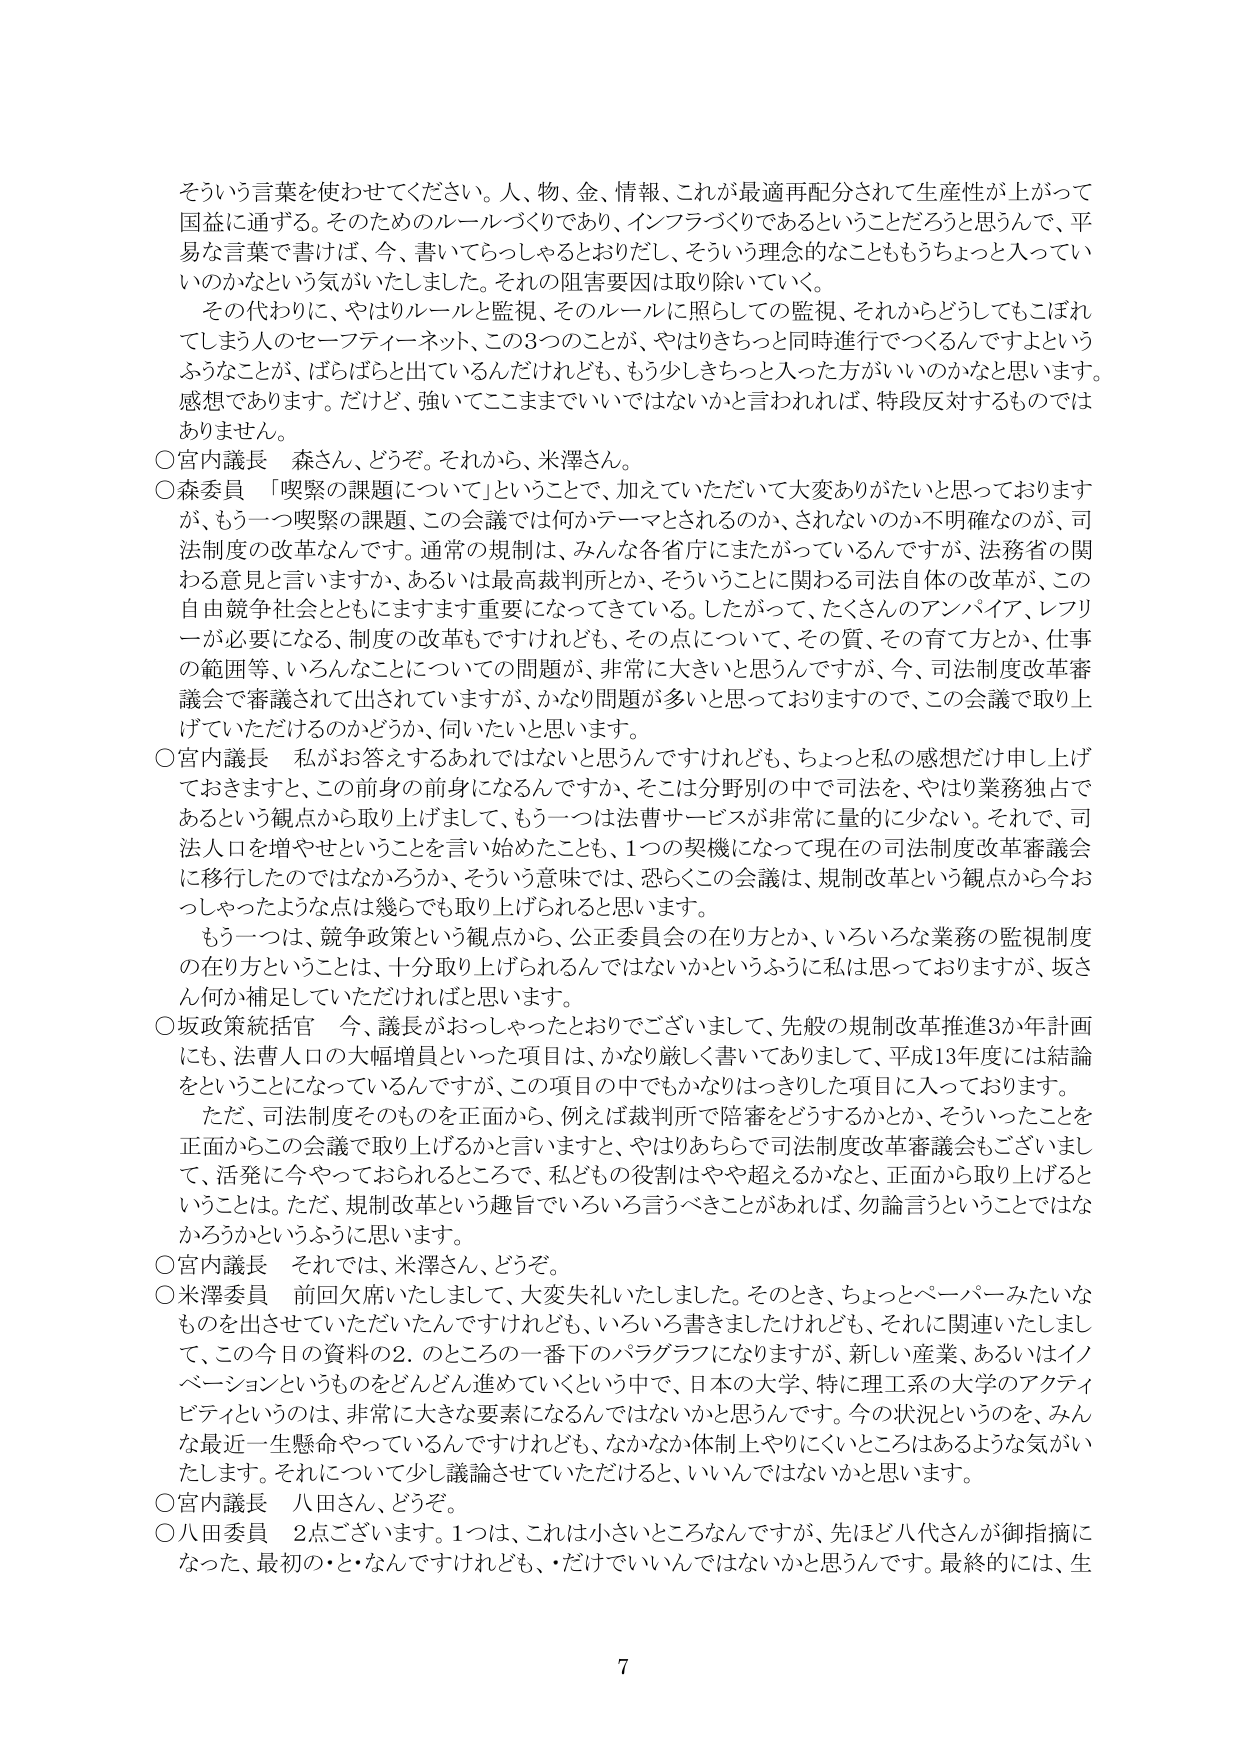
そういう言葉を使わせてください。人、物、金、情報、これが最適再分配されて生産性が上がって国益に通ずる。そのためのルールづくりであり、インフラづくりであるということだろうと思うんで、平易な言葉で書けば、今、書いていらっしゃる通りだし、そういう理念的なことももうちょっと入っていいのかなという気がいたしました。それの阻害要因は取り除いていく。

その代わりに、やはりルールと監視、そのルールに照らしての監視、それからどうしてもこぼれてしまう人のセーフティーネット、この3つのことが、やはりきちっと同時進行でつくるんですよねというふうなことが、ばらばらと出ているんだけれども、もう少しきちっと入った方がいいのかなと思います。感想であります。だけど、強いてここまででいいではないかと言われれば、特段反対するものではありません。

○宮内議長　森さん、どうぞ。それから、米澤さん。

○森委員　「喫緊の課題について」ということで、加えていただいて大変ありがたいと思っておりますが、もう一つ喫緊の課題、この会議では何かテーマとされるのか、されないのか不明確なのが、司法制度の改革なんです。通常の規制は、みんな各省庁にまたがっているんですが、法務省の関わる意見と言いますか、あるいは最高裁判所とか、そういうことに関する司法自体の改革が、この自由競争社会とともにますます重要になってきている。したがって、たくさんのアンパイア、レフリーが必要になる、制度の改革もですけれども、その点について、その質、その育て方とか、仕事の範囲等、いろんなことについての問題が、非常に大きいと思うんですが、今、司法制度改革審議会で審議されて出されていますが、かなり問題が多いと思っておりますので、この会議で取り上げていただけるのかどうか、伺いたいと思います。

○宮内議長　私がお答えするあれではないと思うんですけれども、ちょっと私の感想だけ申し上げておきますと、この前身の前身になるんですか、そこは分野別の中で司法を、やはり業務独占であるという観点から取り上げまして、もう一つは法曹サービスが非常に量的に少ない。それで、司法人口を増やせということを言い始めたことも、1つの契機になって現在の司法制度改革審議会に移行したのではなかろうか、そういう意味では、恐らくこの会議は、規制改革という観点から今おっしゃったような点は幾らでも取り上げられると思います。

もう一つは、競争政策という観点から、公正委員会の在り方とか、いろいろな業務の監視制度の在り方ということは、十分取り上げられるんではないかというふうに私は思っておりますが、坂さん何か補足していただければと思います。

○坂政策統括官　今、議長がおっしゃったとおりでございまして、先般の規制改革推進3か年計画にも、法曹人口の大幅増員といった項目は、かなり厳しく書いてありまして、平成13年度には結論をということになっているんですが、この項目の中でもかなりはっきりした項目に入っております。

ただ、司法制度そのものを正面から、例えば裁判所で陪審をどうするかとか、そういったことを正面からこの会議で取り上げるかと言いますと、やはりあちらで司法制度改革審議会もございまして、活発に今やっておられるところで、私どもの役割はやや超えるかなと、正面から取り上げるということは。ただ、規制改革という趣旨でいろいろ言うべきことがあれば、勿論言うということではなかろうかというふうに思います。

○宮内議長　それでは、米澤さん、どうぞ。

○米澤委員　前回欠席いたしまして、大変失礼いたしました。そのとき、ちょっとペーパーみたいなものを出させていただいたんですけれども、いろいろ書きましだけれども、それに関連いたしまして、この今日の資料の2．のところの一番下のパラグラフになりますが、新しい産業、あるいはイノベーションというものをどんどん進めていくという中で、日本の大学、特に理工系の大学のアクティビティというのは、非常に大きな要素になるんではないかと思うんです。今の状況というのを、みんな最近一生懸命やっているんですけれども、なかなか体制上やりにくいところはあるような気がいたします。それについて少し議論させていただけると、いいんではないかと思います。

○宮内議長　八田さん、どうぞ。

○八田委員　2点ございます。1つは、これは小さいところなんですけど、先ほど八代さんが御指摘になった、最初の・と・なんですけれども、・だけでいいんではないかと思うんです。最終的には、生

7